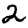
Digit: 2